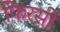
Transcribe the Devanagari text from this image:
फिरसी